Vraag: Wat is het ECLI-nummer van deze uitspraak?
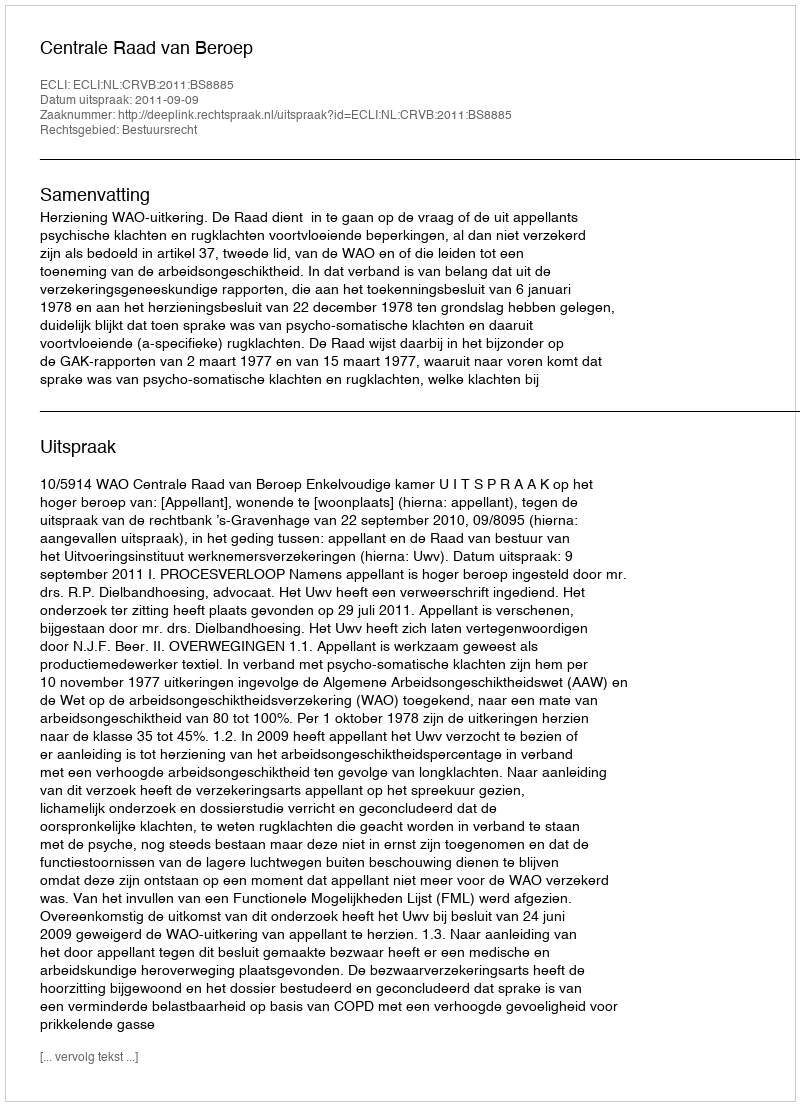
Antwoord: ECLI:NL:CRVB:2011:BS8885